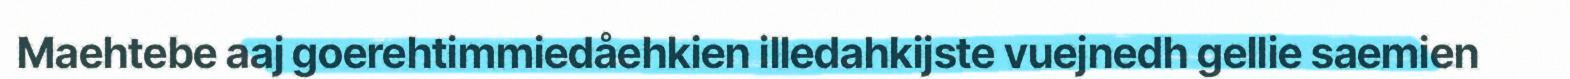
Maehtebe aaj goerehtimmiedåehkien illedahkijste vuejnedh gellie saemien